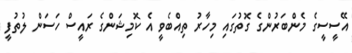
އޭސީސީގެ މެންބަރުންގެ ގޮތުގައި މިހާރު ތިއްބެވީ އެ ކޮމިޝަންގެ ރައީސް ހަސަން ލުތުފީ